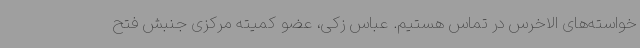
خواسته‌های الاخرس در تماس هستیم. عباس زکی، عضو کمیته مرکزی جنبش فتح